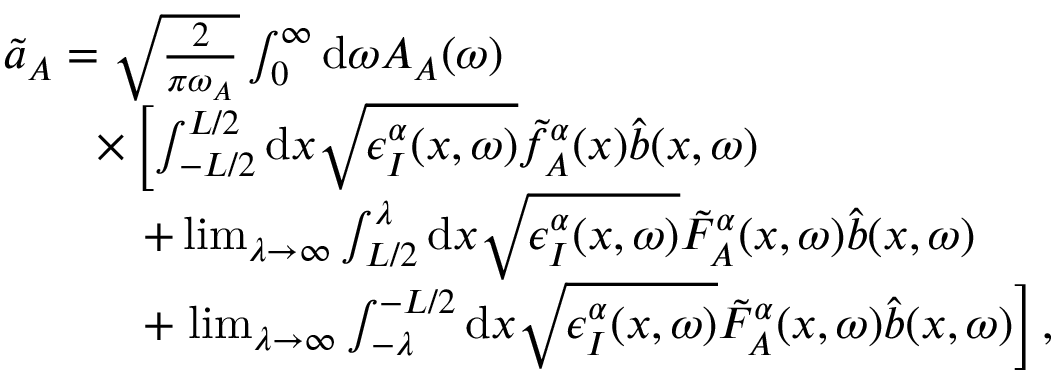
\begin{array} { r l } & { \tilde { a } _ { A } = \sqrt { \frac { 2 } { \pi \omega _ { A } } } \int _ { 0 } ^ { \infty } \mathrm { d } \omega A _ { A } ( \omega ) } \\ & { \qquad \times \left[ \int _ { - L / 2 } ^ { L / 2 } \mathrm { d } x \sqrt { \epsilon _ { I } ^ { \alpha } ( x , \omega ) } \tilde { f } _ { A } ^ { \alpha } ( x ) \hat { b } ( x , \omega ) \right. } \\ & { \qquad \quad + \operatorname* { l i m } _ { \lambda \to \infty } \int _ { L / 2 } ^ { \lambda } \mathrm { d } x \sqrt { \epsilon _ { I } ^ { \alpha } ( x , \omega ) } \tilde { F } _ { A } ^ { \alpha } ( x , \omega ) \hat { b } ( x , \omega ) } \\ & { \qquad \quad + \left. \operatorname* { l i m } _ { \lambda \to \infty } \int _ { - \lambda } ^ { - L / 2 } \mathrm { d } x \sqrt { \epsilon _ { I } ^ { \alpha } ( x , \omega ) } \tilde { F } _ { A } ^ { \alpha } ( x , \omega ) \hat { b } ( x , \omega ) \right] , } \end{array}